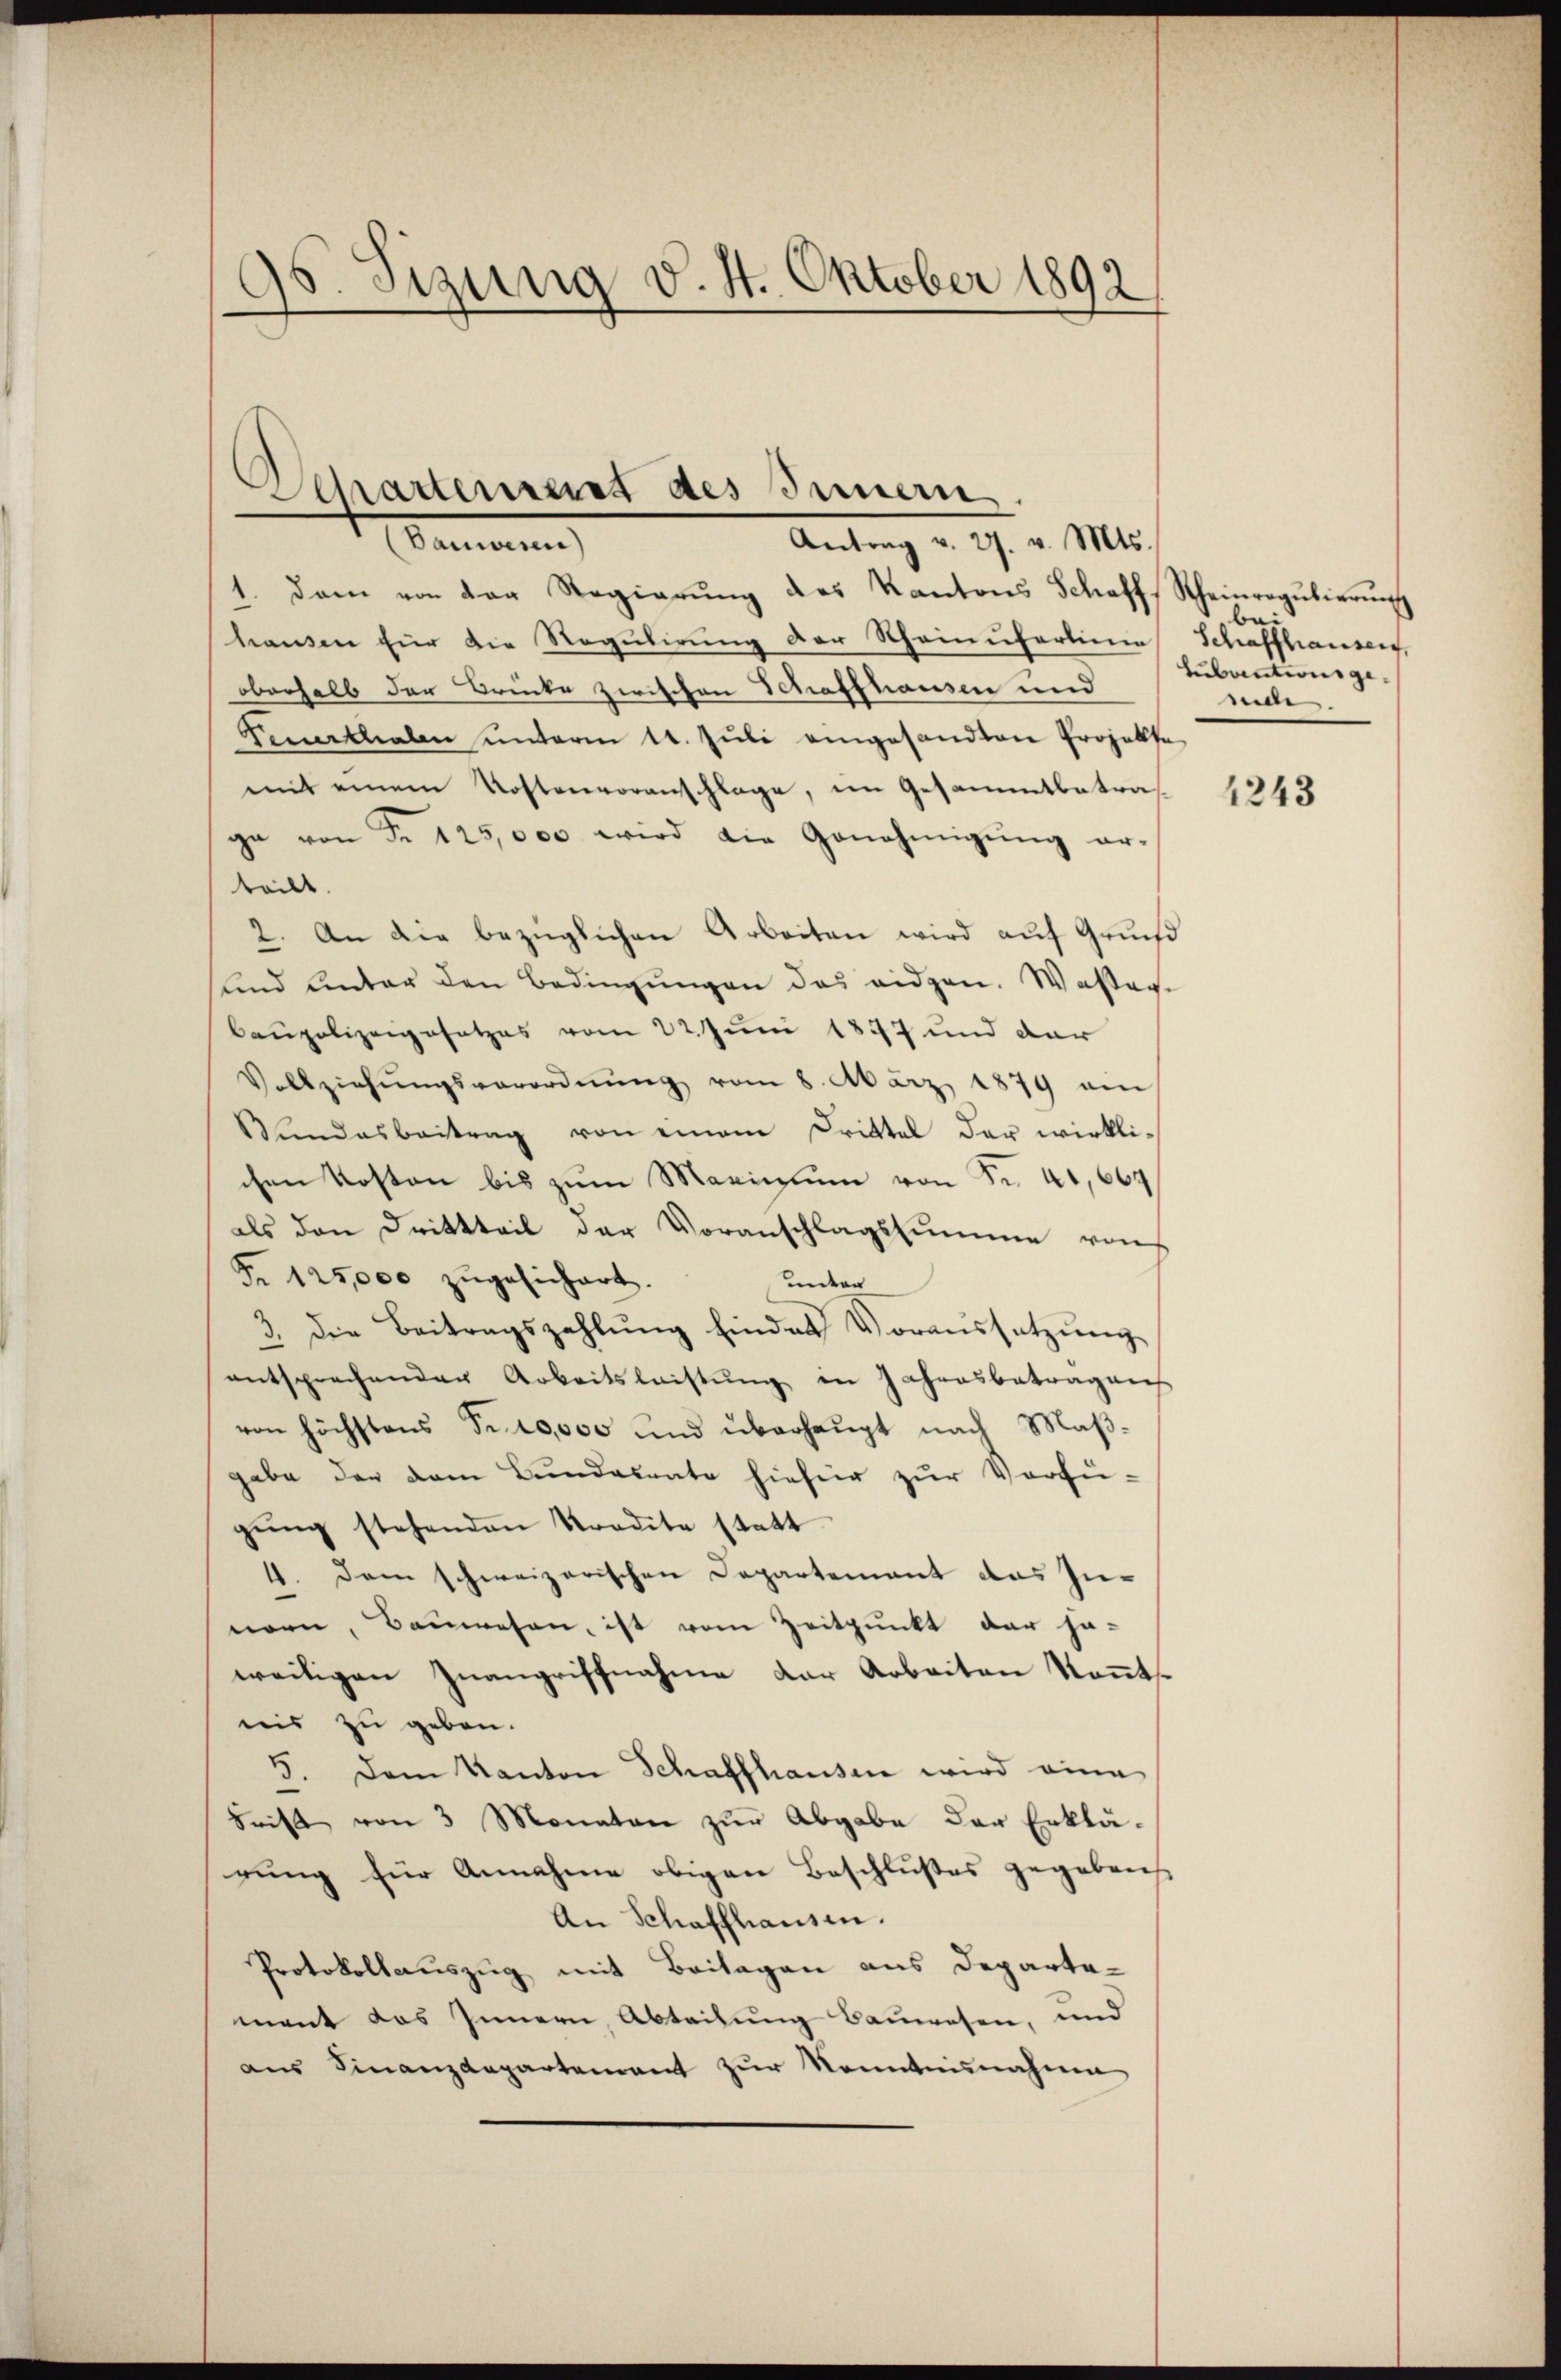
95. Sezung d. 4. Oktober 1892

Departement des Innern
ammann
Antrag v. 27. v. Mts.

1. dann von der Regierŭng des Kantons Schaff, Rheinregulierŭng
hausen für die Regulirung der Scheinufertine Schaffhausen,
oberhalb der Brücke zwischen Schaffhausen und
Femerkthalen ŭnterm 11. Jŭli eingesandten Projekte
mit einem Kostenvoranschlage, im Gesammtbetraga von Fr. 125,000 wird die Genehmigung er-
teilt.
2. An die bezüglichen Arbeiten wird auf Grund
sund Unter den Bedingungen das eidgen. Wasser-
baupolizeigesetzes vom 22. Juni 1847 und dar
Vollziehŭngsverordnŭng vom 8. März 1879 ein
Bŭndesbeitrag von einem Drittel der wirklichen Kosten bis zum Marinium von Nr. 41,664
als den Drittteil der Voranschlagssumme von
Fr. 125,000 zugesichert.
unter
3. Die Beitragszahlung hindes Voraussetzung
entsprechender Arbeitsleistŭng in Jahresbetragen
von höchstens Fr. 10,000 und überhaupt nach Maßgabe der dem Bundesrate hiefür zur Verfü-
gŭng stehenden Stradita statt
4. Dem schweizerischen Departement das Innorn, Bauwesen, ist vom Zeitpunkt der ha-
weiligen Zŭangriffnahme der Arbeiten Kont
nis zu geben.
5. Dem Kanton Schaffhausen wird eine
Frist von 3 Monaten zur Abgabe der Erklärung für Annahme obigen Beschlußes gegebens
An Schaffhausen.
Protokollauszug mit Beilagen aus Departe-
ment das Innern, Abteilung Bauwesen, und
ans Finanzdepartement zŭr Nonntnisnahmen

bei
Hubautionsgemd.

1243